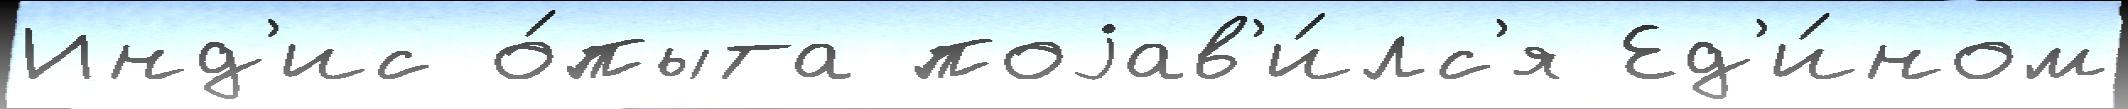
Инд'ис о́пыта поjав'и́лс'я Ед'и́ном